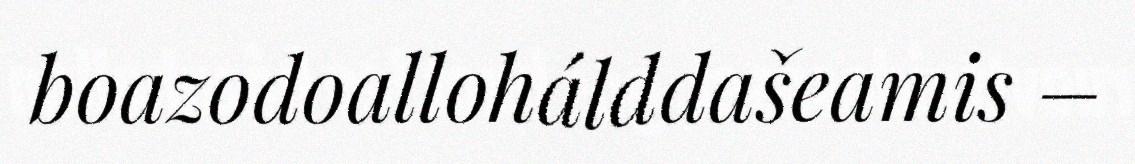
boazodoallohálddašeamis –